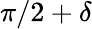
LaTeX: \pi/2+\delta